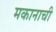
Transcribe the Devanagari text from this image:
मकानाची